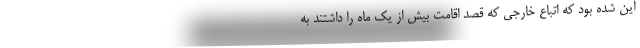
این شده بود که اتباع خارجی که قصد اقامت بیش از یک ماه را داشتند به